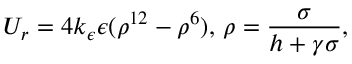
U _ { r } = 4 k _ { \epsilon } \epsilon ( \rho ^ { 1 2 } - \rho ^ { 6 } ) , \, \rho = \frac { \sigma } { h + \gamma \sigma } ,